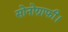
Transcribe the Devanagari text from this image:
सोनोग्राफी।